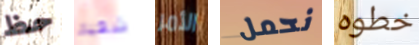
حظ شقية الأمر نحمل خطوه